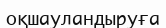
оқшауландыруға